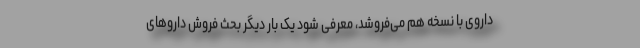
داروی با نسخه هم می‌فروشد، معرفی شود یک بار دیگر بحث فروش داروهای